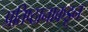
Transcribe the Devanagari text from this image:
प्रतिष्ठानाकडून